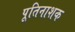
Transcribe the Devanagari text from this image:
पूतिनाशक